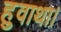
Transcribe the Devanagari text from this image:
हुवाथा।